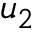
u _ { 2 }